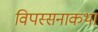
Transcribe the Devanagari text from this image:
विपस्सनाकथा